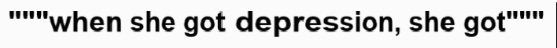
"""when she got depression, she got"""